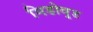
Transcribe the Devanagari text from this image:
मिडोवूड